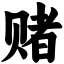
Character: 赌